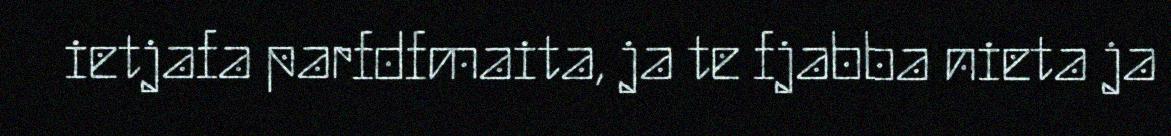
ietjafa parfdfmaita, ja te fjabba nieta ja